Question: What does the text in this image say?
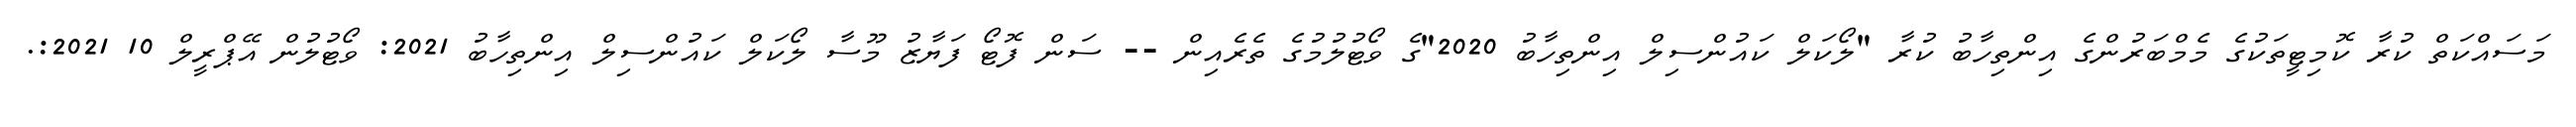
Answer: މަސައްކަތް ކުރާ ކޮމިޓީތަކުގެ މެމްބަރުންގެ އިންތިހާބު ކުރާ "ލޯކަލް ކައުންސިލް އިންތިހާބު 2020"ގެ ވޯޓުލުމުގެ ތެރެއިން -- ސަން ފޮޓޯ ފަޔާޒު މޫސާ ލޯކަލް ކައުންސިލް އިންތިހާބު 2021: ވޯޓުލުން އޭޕްރީލް 10 2021:.